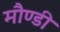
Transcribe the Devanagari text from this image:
मौण्डी